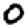
Digit: 0